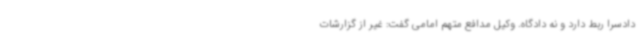
دادسرا ربط دارد و نه دادگاه. وکیل مدافع متهم امامی گفت: غیر از گزارشات